Vaccine operations Central Provinces 1886-1899 - 1886-1899
Year: 1886
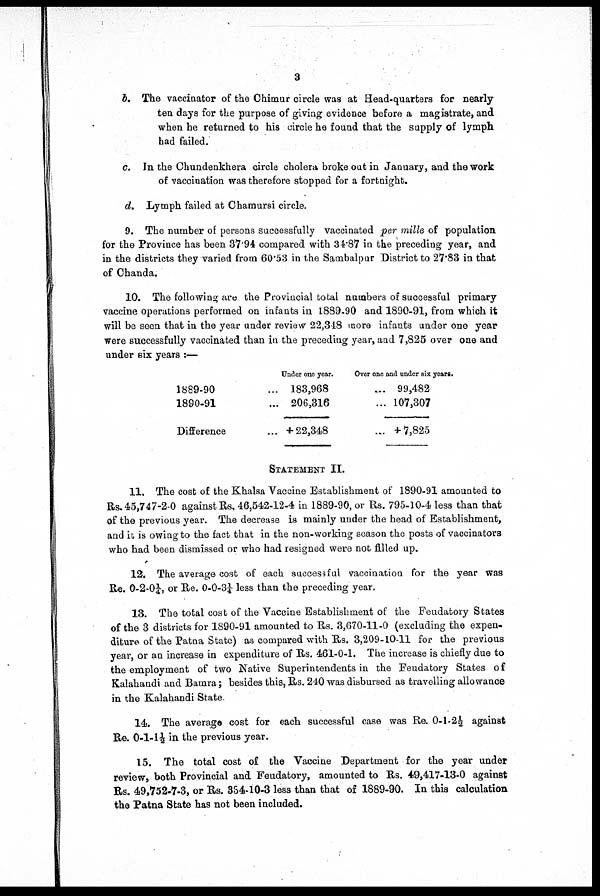
3
b. The vaccinator of the Chimur circle was at Head-quarters for nearly
ten days for the purpose of giving evidence before a magistrate, and
when he returned to his circle he found that the supply of lymph
had failed.
c. In the Chundenkhera circle cholera broke out in January, and the work
of vaccination was therefore stopped for a fortnight.
d. Lymph failed at Chamursi circle.
9. The number of persons successfully vaccinated per mille of population
for the Province has been 37.94 compared with 34.87 in the preceding year, and
in the districts they varied from 60.53 in the Sambalpur District to 27.83 in that
of Chanda.
10. The following are the Provincial total numbers of successful primary
vaccine operations performed on infants in 1889-90 and 1890-91, from which it
will be seen that in the year under review 22,348 more infants under one year
were successfully vaccinated than in the preceding year, and 7,825 over one and
under six years :—
1889-90
1890-91
Difference
Under one year.
183,968
206,316
+ 22,348
Over one and under six years.
... 99,482
... 107,307
... +7,825
STATEMENT II.
11. The cost of the Khalsa Vaccine Establishment of 1890-91 amounted to
Rs. 45,747-2-0 against Rs. 46,542-12-4 in 1889-90, or Rs. 795-10-4 less than that
of the previous year. The decrease is mainly under the head of Establishment,
and it is owing to the fact that in the non-working season the posts of vaccinators
who had been dismissed or who had resigned were not filled up.
12. The average cost of each successful vaccination for the year was
Re. 0-2-0¼, or Re. 0-0-3¼ less than the preceding year.
13. The total cost of the Vaccine Establishment of the Feudatory States
of the 3 districts for 1890-91 amounted to Rs. 3,670-11-0 (excluding the expen-
diture of the Patna State) as compared with Rs. 3,209-10-11 for the previous
year, or an increase in expenditure of Rs. 461-0-1. The increase is chiefly due to
the employment of two Native Superintendents in the Feudatory States of
Kalahandi and Bamra; besides this, Rs. 240 was disbursed as travelling allowance
in the Kalahandi State
14. The average cost for each successful case was Re. 0-1-2½ against
Re. 0-1-1½ in the previous year.
15. The total cost of the Vaccine Department for the year under
review, both Provincial and Feudatory, amounted to Rs. 49,417-13-0 against
Rs. 49,752-7-3, or Rs. 334-10-3 less than that of 1889-90. In this calculation
the Patna State has not been included.